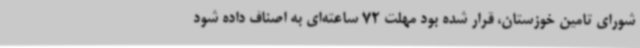
شورای تامین خوزستان، قرار شده بود مهلت 72 ساعته‌ای به اصناف داده شود